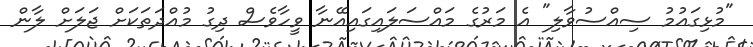
"މުޅިގައުމު ސިއްސުވާލި" އެ މަރުގެ މައްސަލައިގައިއޭނާ ވީހާވެސް ދިގު މުއްދަތަކަށް ޖަލަށް ލާން